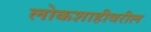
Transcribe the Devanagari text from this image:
लोकशाहीवरील